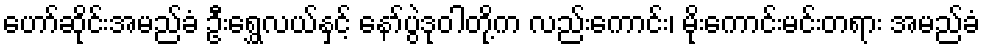
ဟော်ဆိုင်းအမည်ခံ ဦးရွှေလယ်နှင့် နော်ပွဲဒုဝါတို့က လည်းကောင်း၊ မိုးကောင်းမင်းတရား အမည်ခံ